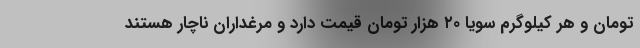
تومان و هر کیلوگرم سویا ۲۰ هزار تومان قیمت دارد و مرغداران ناچار هستند